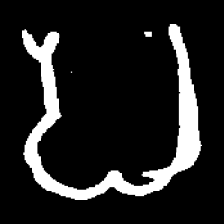
Pyu character \u2014 Myanmar letter: ပ (romanized: pa)